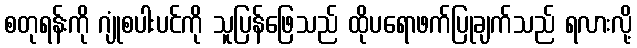
စတုရန်းကို ဂျုံစပါးပင်ကို သူပြန်ဖြေသည် ထိုပရောဖက်ပြုချက်သည် ရလားလို့